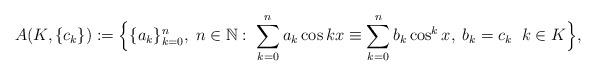
LaTeX: \begin{align*}A(K,\{c_k\}):=\Big\{\{a_k\}_{k=0}^n,\;n\in\mathbb{N}:\;\sum_{k=0}^n a_k\cos kx\equiv \sum_{k=0}^n b_k\cos ^kx,\;b_k=c_k\;\;k\in K\Big\},\end{align*}